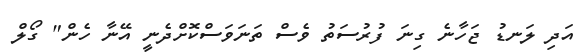
އަދި ލަނޑު ޖަހާނެ ގިނަ ފުރުސަތު ވެސް ތަނަވަސްކޮށްދެނީ އޭނާ ހެން" ގޯލް